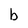
Character: b